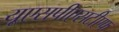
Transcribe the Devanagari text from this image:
यूएसपीएसटीएफ